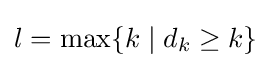
l=\max\{k\mid d_{k}\geq k\}